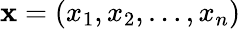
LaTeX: \mathbf{x}=(x_{1},x_{2},\ldots,x_{n})